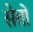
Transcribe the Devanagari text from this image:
सेतों